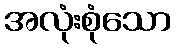
အလုံးစုံသော